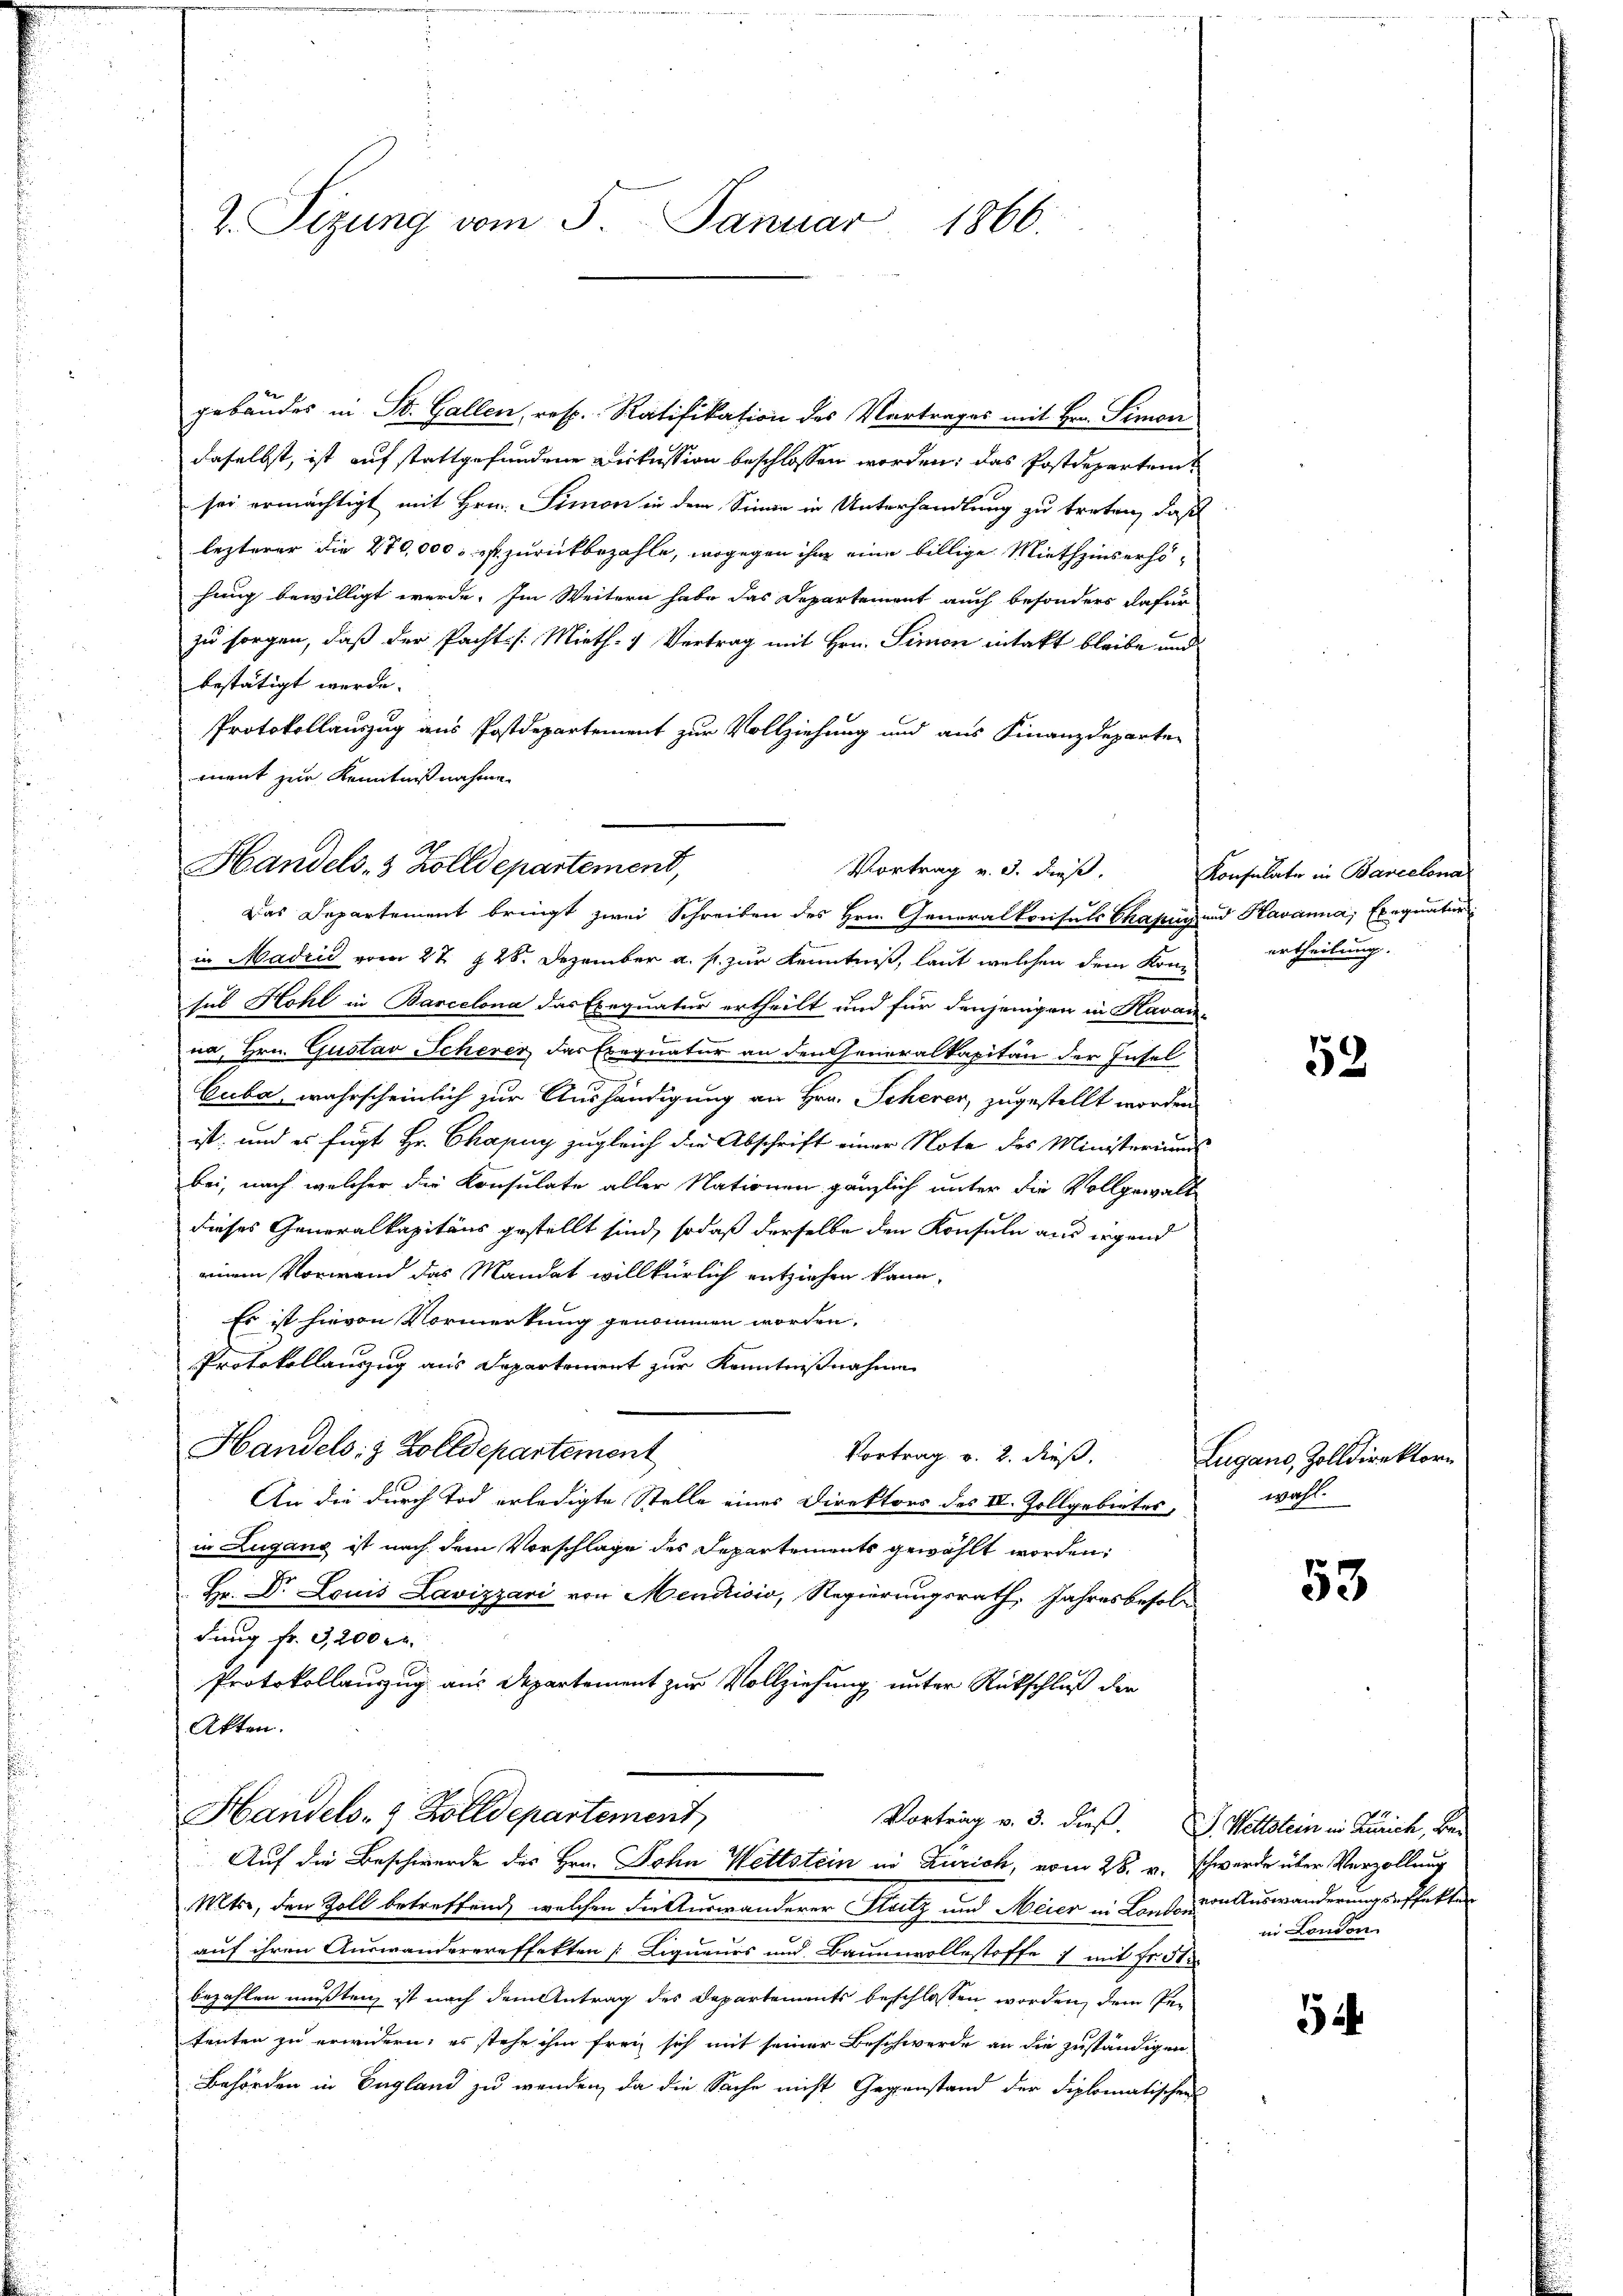
2. Sizung vom 5. Januar 1866.

gebäudes in St. Gallen, resp. Ratifikation des Vortrages mit Hrn. Simon
daselbst, ist auf stattgefundene Dickession beschlossen worden; das Postdepartemsei ermächtigt mit Hrn. Simon in dem Sinne in Unterhandlung zu treten, daß
lezterer die 270,000 : es zurückbezahle, wogegen ihm eine billige Miethzinserhöhung bewilligt werde. Im Weitern habe das Departement auch besonders dafürzu sorgen, daß der Pacht: Mieth- & Vertrag mit Hrn. Simon intakt bleibe und
bestätigt werde.
Protokollauszug aus Postdepartement zur Vollziehung und aus Finanzdeparten
ment zur Kenntnißnahme.
Handels- & Zolldepartement,
Vortrag v. 3. dieß.

Das Departement bringt zwei Schreiben des Hrn. Generalkonsuls Chafen und Kavanna, Exequatur
in Madrid vom 27. § 28. Dezember a. s. zur Kenntniß, laut welchen dem Konsus Hohl in Barcelona das Exequatur ertheilt und für denjenigen in Havan-
na, Hrn. Gustav Schever das Exequatur an den Generalkapitän der Insel
Cuba, wahrscheinlich zur Aushändigung an Hrn. Scherer, zugestellt worden
ist; und es fügt Hr. Chapuy zugleich die Abschrift einer Note des Ministeriums
bei, nach welcher die Konsulate aller Nationen gänzlich unter die Vollgewalt
dieses Generalkapitäns gestellt sind, sodaß derselbe den Konsuln aus irgend
einen Vorwand das Mandat willkürlich entziehen kann.
Es ist hievon Vormerkung genommen worden.
Protokollauszug aus Departement zur Kenntnißnahme
Handels: 8 Zolldepartement
Vortrag v. 2. dieß.
An die durch Tod erledigte Stelle eines Direktors des IV. Zollgebietes,
in Lugang ist nach dem Vorschlage des Departements gewählt worden:
Hr. Dr Louis Lavizzari von Mendrisis, Regierungsrath, Jahresbesoldung fr. 3,200 M.
Protokollauszug aus Departement zur Vollziehung unter Rückschluß der
Akten.
Handels- & Zolldepartement,
Vortrag v. 3. dieß. Weltstein in Zürich, be¬
Auf die Beschwerde des Hrn. John Wettstein in Zürich, vom 28. v. Schwerde über Verzollung
Mts., den Zoll betreffend welchen die Auswanderer Stutz und Meier in Landende Auswanderung deffekte
auf ihren Auswanderereffekten Liqueurs und Baumwollestoffe 7 mit Fr. 5
bezahlen mußten, ist nach dem Antrag des Departements beschlossen worden, dem Petenten zu erwidern; es stehe ihm frei, sich mit seiner Beschwerde an die zuständigen
Behörden in England zu wenden, da die Sache nicht Gegenstand der Diplomatischen

Konsulate in Barcelona
ertheilung. |

53

Lugano, Zolldirektorn
wahl.

53

in London

52